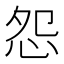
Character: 怨